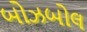
બોઝબોલ